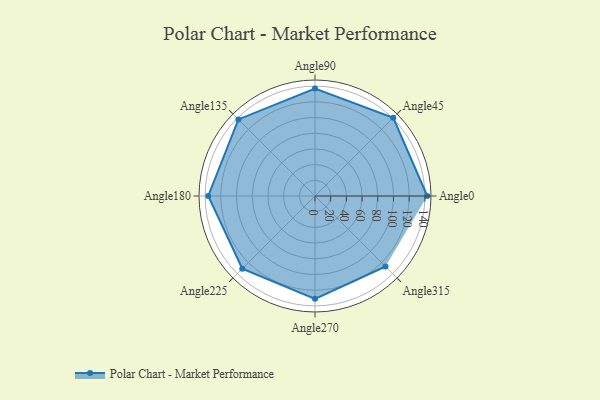
{"axis": {"x": "Angle", "y": "Radius"}, "legend": [""], "data": [{"x": "Angle0", "y": 143.0, "type": ""}, {"x": "Angle45", "y": 141.0, "type": ""}, {"x": "Angle90", "y": 137.0, "type": ""}, {"x": "Angle135", "y": 138.0, "type": ""}, {"x": "Angle180", "y": 136.0, "type": ""}, {"x": "Angle225", "y": 131.0, "type": ""}, {"x": "Angle270", "y": 131.0, "type": ""}, {"x": "Angle315", "y": 127.0, "type": ""}]}